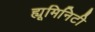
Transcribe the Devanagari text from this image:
ह्यूमिनिटी